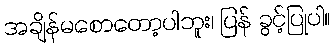
အချိန်မစောတော့ပါဘူး၊ ပြန် ခွင့်ပြုပါ။